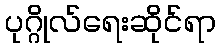
ပုဂ္ဂိုလ်ရေးဆိုင်ရာ